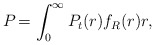
\begin{align*} P_{}=\int_0^\infty P_t(r)f_R(r) r, \end{align*}